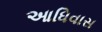
આધિવાસ